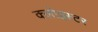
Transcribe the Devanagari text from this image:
क्लोइस्टर